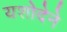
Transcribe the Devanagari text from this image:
यशोदेने